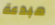
مبدعة